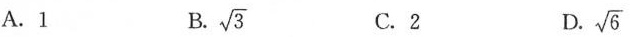
A.1 B. \sqrt{3} C.2 D. \sqrt{6}